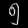
Digit: ၅